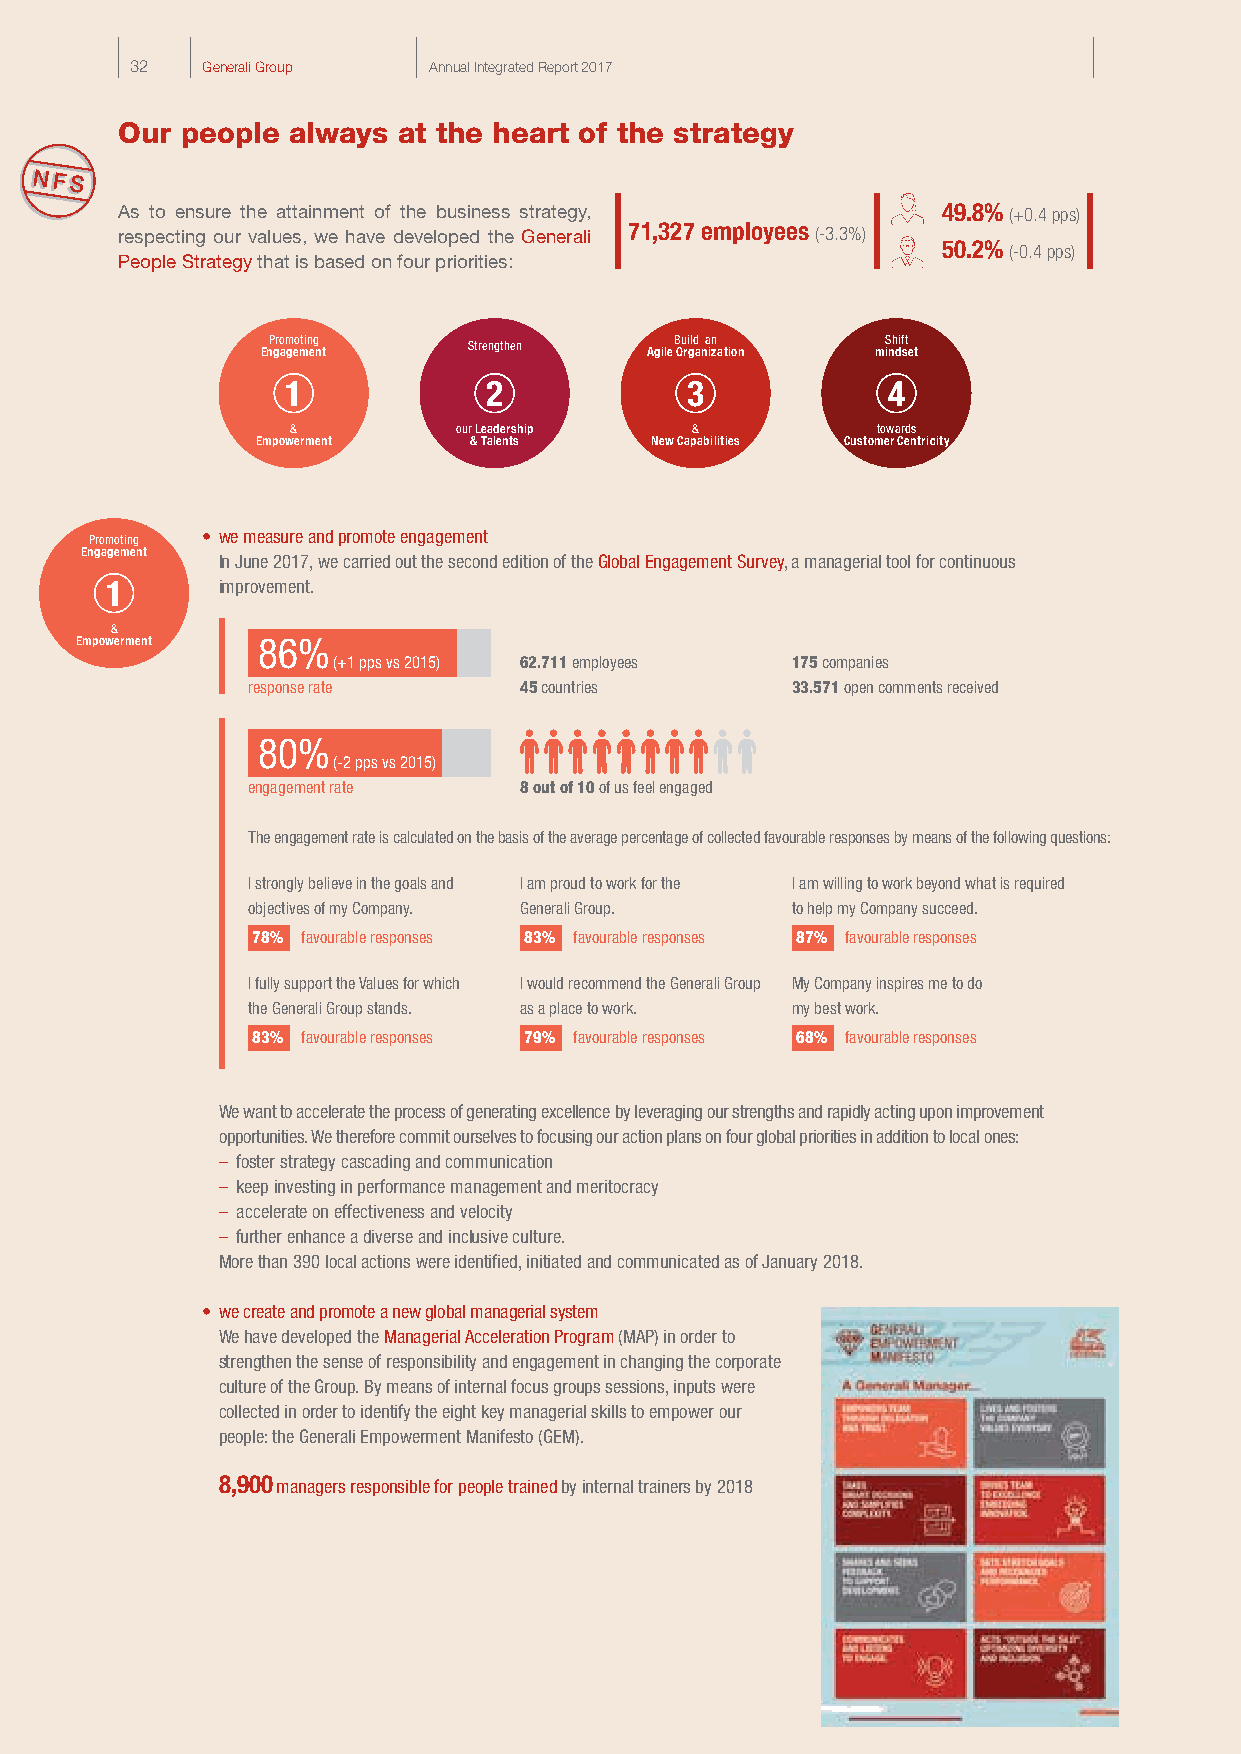
32  Generali Group Annual Integrated Report 2017
 Our people always at the heart of the strategy
 As to ensure the attainment of the business strategy, 49.8% (+0.4 pps)
 respecting our values, we have developed the Generali 71,327 employees (-3.3%)
 50.2% (-0.4 pps)
 People Strategy that is based on four priorities:
 Promoting    Strengthen    Build an      Shift
 Engagement                Agile Organization mindset
 1            2            3             4
 &          our Leadership  &           towards
 Empowerment   & Talents   New Capabilities Customer Centricity
 Promoting • we measure and promote engagement
 Engagement
 In June 2017, we carried out the second edition of the Global Engagement Survey, a managerial tool for continuous
 1      improvement.
 &
 Empowerment 86%
 (+1 pps vs 2015) 62.711 employees 175 companies
 response rate     45 countries      33.571 open comments received
 80%
 (-2 pps vs 2015)
 engagement rate   8 out of 10 of us feel engaged
 The engagement rate is calculated on the basis of the average percentage of collected favourable responses by means of the following questions:
 I strongly believe in the goals and I am proud to work for the I am willing to work beyond what is required
 objectives of my Company. Generali Group. to help my Company succeed.
 78% favourable responses 83% favourable responses 87% favourable responses
 I fully support the Values for which I would recommend the Generali Group My Company inspires me to do
 the Generali Group stands. as a place to work. my best work.
 83% favourable responses 79% favourable responses 68% favourable responses
 We want to accelerate the process of generating excellence by leveraging our strengths and rapidly acting upon improvement
 opportunities. We therefore commit ourselves to focusing our action plans on four global priorities in addition to local ones:
 – foster strategy cascading and communication
 – keep investing in performance management and meritocracy
 – accelerate on effectiveness and velocity
 – further enhance a diverse and inclusive culture.
 More than 390 local actions were identified, initiated and communicated as of January 2018.
 • we create and promote a new global managerial system
 We have developed the Managerial Acceleration Program (MAP) in order to
 strengthen the sense of responsibility and engagement in changing the corporate
 culture of the Group. By means of internal focus groups sessions, inputs were
 collected in order to identify the eight key managerial skills to empower our
 people: the Generali Empowerment Manifesto (GEM).
 8,900 managers responsible for people trained by internal trainers by 2018